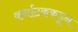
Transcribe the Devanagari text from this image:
कर्नाटककडून